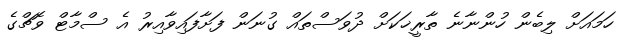
ހަމައަށް ލިބެން ހުންނާނެ ތާރީޚަކަށް ދުވަސްތައް ގުނަން ފަށާފައިވާއިރު އެ ސްމާޓް ވޮޗްގެ